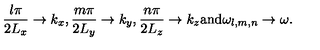
\frac { l \pi } { 2 L _ { x } } \to k _ { x } , \frac { m \pi } { 2 L _ { y } } \to k _ { y } , \frac { n \pi } { 2 L _ { z } } \to k _ { z } \mathrm { a n d } \omega _ { l , m , n } \to \omega .